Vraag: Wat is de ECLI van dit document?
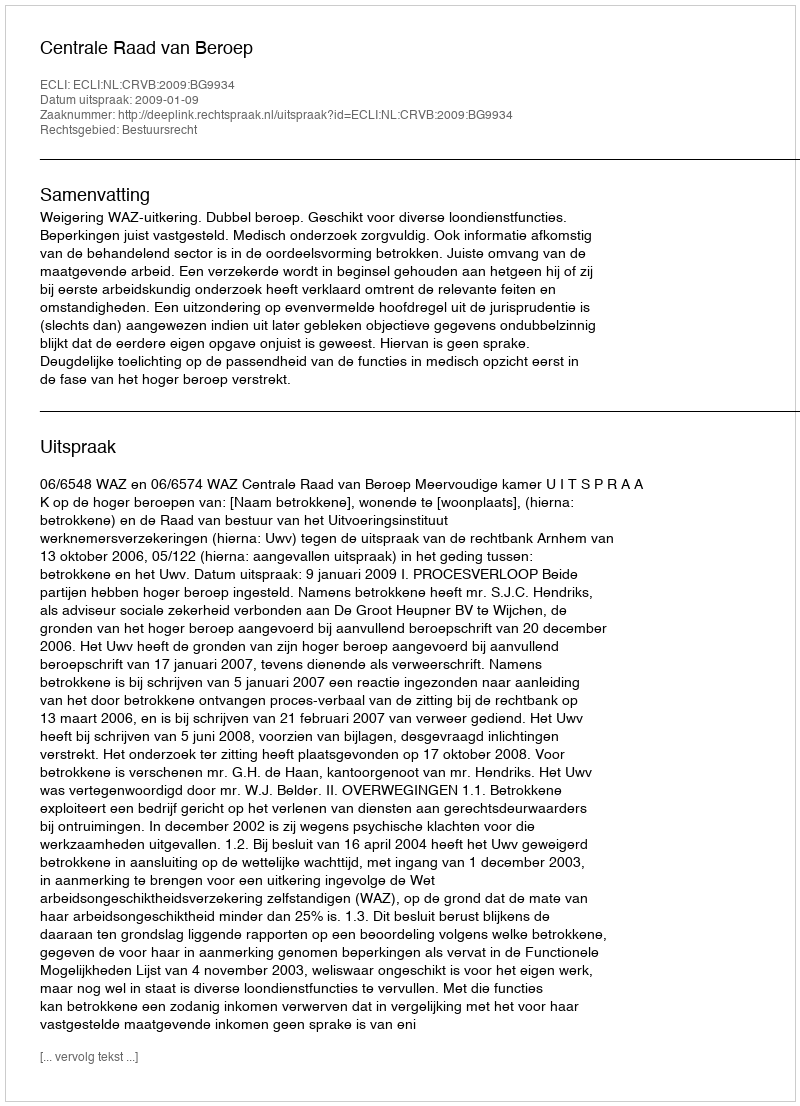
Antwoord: ECLI:NL:CRVB:2009:BG9934